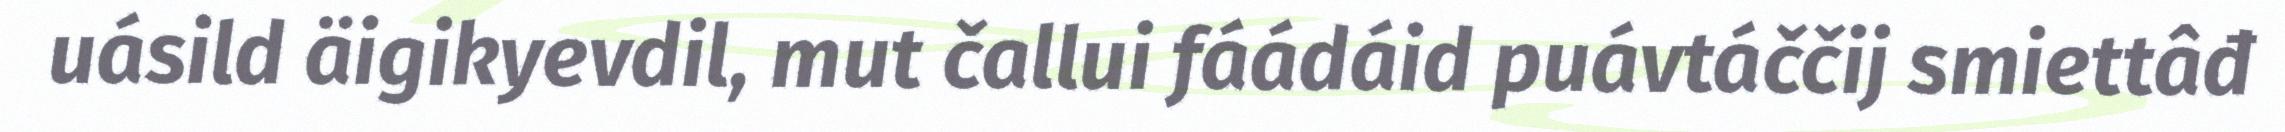
uásild äigikyevdil, mut čallui fáádáid puávtáččij smiettâđ